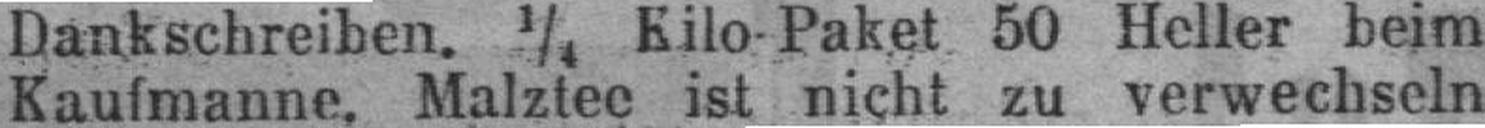
Dankschreiben. ¼ Kilo-Paket 50 Heller beim